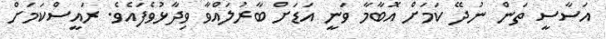
އަސާސީ ތަން ނުދޭ ކަމަށް އޮބާމާ ވަނީ އަޑަށް ބާރުލައްވާ ވިދާޅުވެފައެވެ. ރައީސްކަމަށް